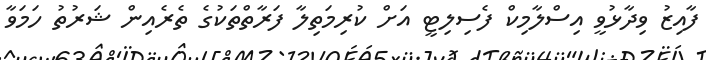
ފާއިޒު ވިދާޅުވީ އިސްލާމިކް ފެސިލިޓީ އަށް ކުރިމަތިލާ ފަރާތްތަކުގެ ތެރެއިން ޝަރުތު ހަމަވާ